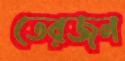
তেরজন